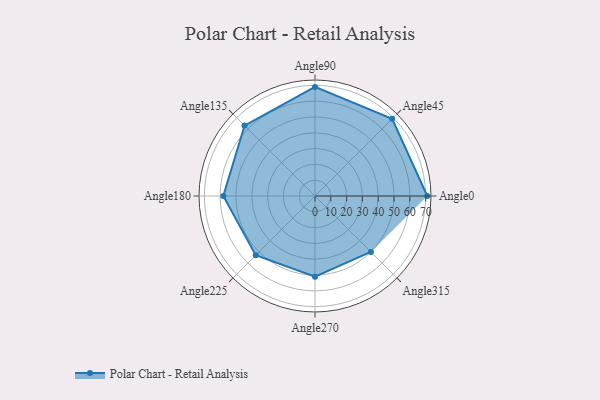
{"axis": {"x": "Angle", "y": "Radius"}, "legend": [""], "data": [{"x": "Angle0", "y": 71.0, "type": ""}, {"x": "Angle45", "y": 69.0, "type": ""}, {"x": "Angle90", "y": 69.0, "type": ""}, {"x": "Angle135", "y": 63.0, "type": ""}, {"x": "Angle180", "y": 58.0, "type": ""}, {"x": "Angle225", "y": 53.0, "type": ""}, {"x": "Angle270", "y": 51.0, "type": ""}, {"x": "Angle315", "y": 50, "type": ""}]}